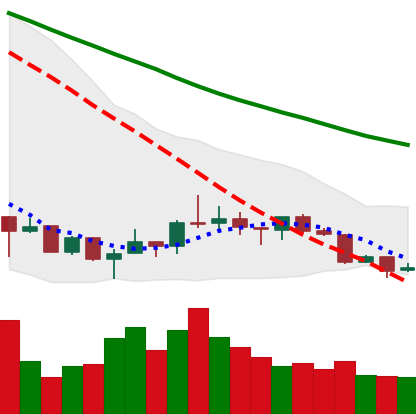
Ticker: XRP-USD
Chart end date: 2018-07-13
Forward return: 10.86%
Label: up_7plus